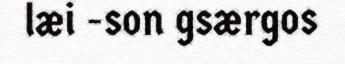
læi -son gsærgos